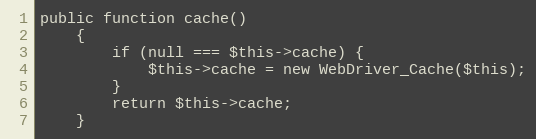
Language: PHP
public function cache()
    {
        if (null === $this->cache) {
            $this->cache = new WebDriver_Cache($this);
        }
        return $this->cache;
    }